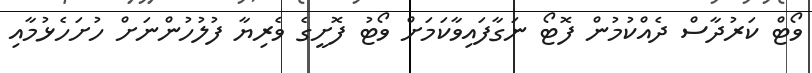
ވޯޓް ކަރުދާސް ދެއްކުމުން ފޮޓޯ ނަގާފައިވާކަމަށް ވޯޓު ފޮށީގެ ވެރިޔާ ފުލުހުންނަށް ހުށަހެޅުމާއި